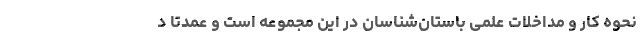
نحوه کار و مداخلات علمی باستان‌شناسان در این مجموعه است و عمدتا د